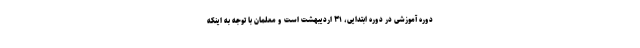
دوره آموزشی در دوره ابتدایی، ۳۱ اردیبهشت است و معلمان با توجه به اینکه